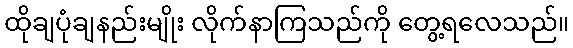
ထိုချပုံချနည်းမျိုး လိုက်နာကြသည်ကို တွေ့ရလေသည်။